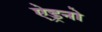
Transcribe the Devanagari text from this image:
ऐड्रनो